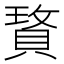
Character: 𰷆